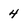
Character: 4